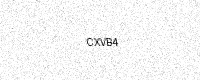
Text: CXVB4